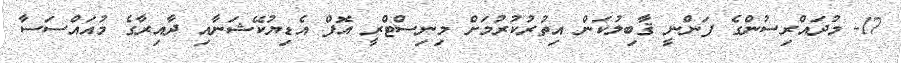
17- މުދައްރިސުންގެ ފަންނީ ޤާބިލުކަން އިތުރުކުރުމަށް މިނިސްޓްރީ އޮފް އެޑިޔުކޭޝަނާއި ދާއިރާގެ މުއައްސަސާ